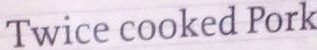
Twice cooked Pork